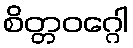
စိတ္တဝဂ္ဂေါ